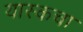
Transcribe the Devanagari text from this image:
यास्कचा